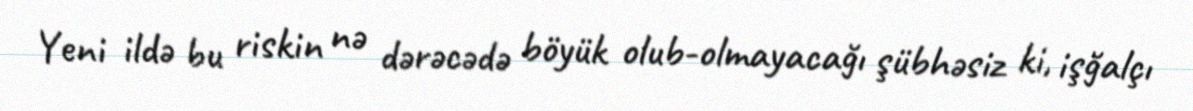
Yeni ildə bu riskin nə dərəcədə böyük olub-olmayacağı şübhəsiz ki, işğalçı